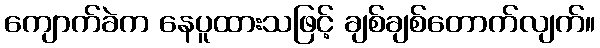
ကျောက်ခဲက နေပူထားသဖြင့် ချစ်ချစ်တောက်လျက်။